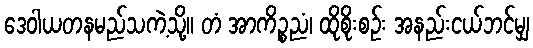
ဒေဝါယတနမည်သကဲ့သို့။ တံ အာကိဉ္စညံ၊ ထိုစိုးစဉ်း အနည်းငယ်ဘင်မျှ